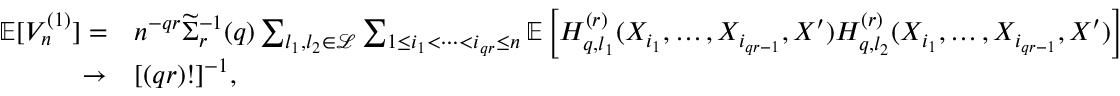
\begin{array} { r l } { \mathbb { E } [ V _ { n } ^ { ( 1 ) } ] = } & { n ^ { - q r } \widetilde \Sigma _ { r } ^ { - 1 } ( q ) \sum _ { l _ { 1 } , l _ { 2 } \in \mathcal { L } } \sum _ { 1 \le i _ { 1 } < \cdots < i _ { q r } \le n } \mathbb { E } \left[ H _ { q , l _ { 1 } } ^ { ( r ) } ( X _ { i _ { 1 } } , \ldots , X _ { i _ { q r - 1 } } , X ^ { \prime } ) H _ { q , l _ { 2 } } ^ { ( r ) } ( X _ { i _ { 1 } } , \ldots , X _ { i _ { q r - 1 } } , X ^ { \prime } ) \right] } \\ { \rightarrow } & { [ ( q r ) ! ] ^ { - 1 } , } \end{array}